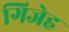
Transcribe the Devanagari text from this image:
गिजेह